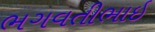
ભગવતીભાઇ